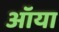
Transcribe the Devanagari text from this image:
ऑया